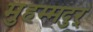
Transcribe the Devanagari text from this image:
मुहम्मदुर्